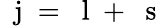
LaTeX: \mathrm{~\mathbf~j~}=\mathrm{~\mathbf~l~}+\mathrm{~\mathbf~s~}